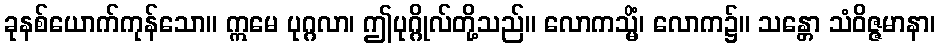
ခုနစ်ယောက်ကုန်သော။ ဣမေ ပုဂ္ဂလာ၊ ဤပုဂ္ဂိုလ်တို့သည်။ လောကသ္မိံ၊ လောက၌။ သန္တော သံဝိဇ္ဇမာနာ၊